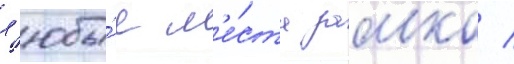
л'юбы́е м'е́ста замка /